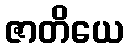
ဇာတိယေ